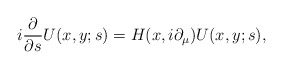
\begin{align*}i\frac{\partial}{\partial s}U(x,y;s) =H(x,i\partial_{\mu})U(x,y;s),\end{align*}